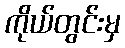
ကိုယ်တွင်းမှ